Vaccination in Bombay 1874-1876 - 1874-1876
Year: 1874
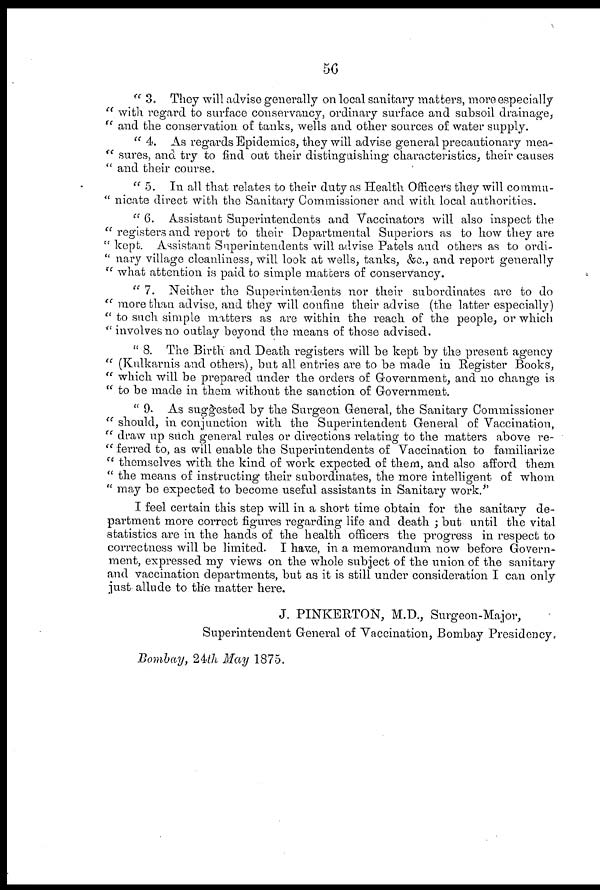
56
" 3. They will advise generally on local sanitary matters, more especially
" with regard to surface conservancy, ordinary surface and subsoil drainage,
" and the conservation of tanks, wells and other sources of water supply.
" 4. As regards Epidemics, they will advise general precautionary mea¬
" sures, and try to find out their distinguishing characteristics, their causes
" and their course.
" 5. In all that relates to their duty as Health Officers they will commu¬
" nicate direct with the Sanitary Commissioner and with local authorities.
" 6. Assistant Superintendents and Vaccinators will also inspect the
" registers and report to their Departmental Superiors as to how they are
" kept. Assistant Superintendents will advise Patels and others as to ordi¬
" nary village cleanliness, will look at wells, tanks, &c., and report generally
" what attention is paid to simple matters of conservancy.
" 7. Neither the Superintendents nor their subordinates are to do
" more than advise, and they will confine their advise (the latter especially)
" to such simple matters as are within the reach of the people, or which
" involves no outlay beyond the means of those advised.
" 8. The Birth and Death registers will be kept by the present agency
" (Kulkarnis and others), but all entries are to be made in Register Books,
" which will be prepared under the orders of Government, and no change is
" to be made in them without the sanction of Government.
" 9. As suggested by the Surgeon General, the Sanitary Commissioner
" should, in conjunction with the Superintendent General of Vaccination,
" draw up such general rules or directions relating to the matters above re¬
" ferred to, as will enable the Superintendents of Vaccination to familiarize
" themselves with the kind of work expected of them, and also afford them
" the means of instructing their subordinates, the more intelligent of whom
" may be expected to become useful assistants in Sanitary work."
I feel certain this step will in a short time obtain for the sanitary de-
partment more correct figures regarding life and death ; but until the vital
statistics are in the hands of the health officers the progress in respect to
correctness will be limited. I have, in a memorandum now before Govern-
ment, expressed my views on the whole subject of the union of the sanitary
and vaccination departments, but as it is still under consideration I can only
just allude to the matter here.
J. PINKERTON, M.D., Surgeon-Major,
Superintendent General of Vaccination, Bombay Presidency.
Bombay, 24th May 1875.